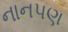
નાનપણ